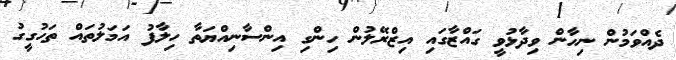
ދެއްވަމުން ނިހާން ވިދާޅުވީ ގައްޒާގައި އިޒްރޭލުން ހިންގި އިންސާނިއްޔަތާ ހިލާފު އަމަލުތައް ތަހުގީގު